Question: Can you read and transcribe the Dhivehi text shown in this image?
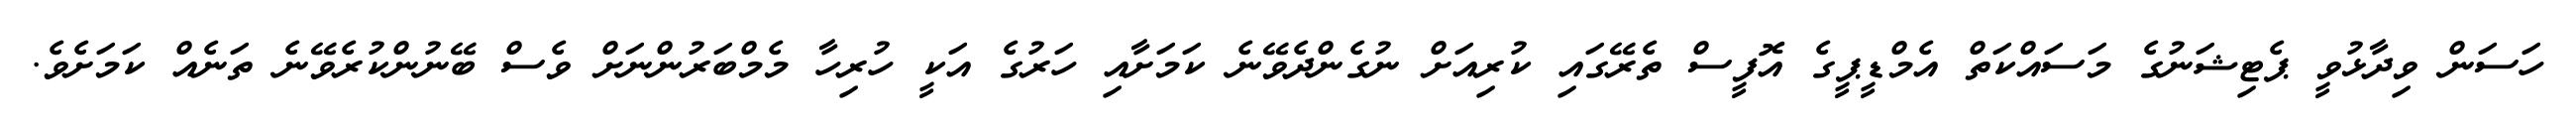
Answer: ހަސަން ވިދާޅުވީ ޕެޓިޝަނުގެ މަސައްކަތް އެމްޑީޕީގެ އޮފީސް ތެރޭގައި ކުރިއަށް ނުގެންދެވޭނެ ކަމަށާއި ހަރުގެ އަކީ ހުރިހާ މެމްބަރުންނަށް ވެސް ބޭނުންކުރެވޭނެ ތަނެއް ކަމަށެވެ.